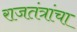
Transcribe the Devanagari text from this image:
राजतंत्रांचा